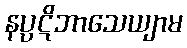
နပ္ပဋိဘာသေယျာမ